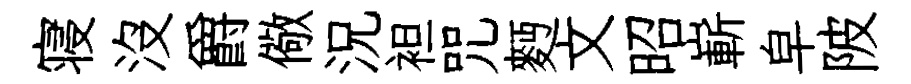
寝沒爵儆況袒咒麪文昭嶄皁陂